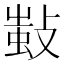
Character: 𢾫